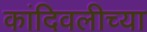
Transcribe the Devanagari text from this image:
कांदिवलीच्या